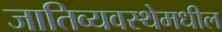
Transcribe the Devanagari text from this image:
जातिव्यवस्थेमधील